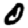
Digit: 0